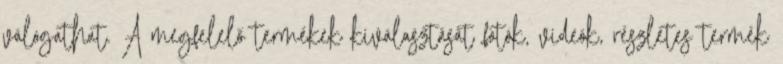
válogathat. A megfelelő termékek kiválasztását fotók, videók, részletes termék